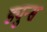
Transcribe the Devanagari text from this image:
ड्युन्स